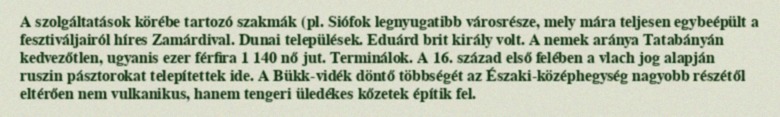
A szolgáltatások körébe tartozó szakmák (pl. Siófok legnyugatibb városrésze, mely mára teljesen egybeépült a fesztiváljairól híres Zamárdival. Dunai települések. Eduárd brit király volt. A nemek aránya Tatabányán kedvezőtlen, ugyanis ezer férfira 1 140 nő jut. Terminálok. A 16. század első felében a vlach jog alapján ruszin pásztorokat telepítettek ide. A Bükk-vidék döntő többségét az Északi-középhegység nagyobb részétől eltérően nem vulkanikus, hanem tengeri üledékes kőzetek építik fel.